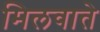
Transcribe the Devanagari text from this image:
मिलवाते